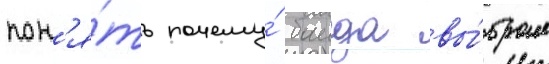
пон'я́ть почему́ баида вы́брал